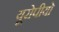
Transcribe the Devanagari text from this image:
यूरोपीयो